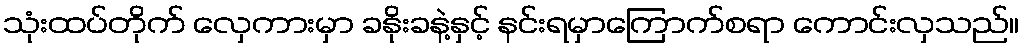
သုံးထပ်တိုက် လှေကားမှာ ခနိုးခနဲ့နှင့် နင်းရမှာကြောက်စရာ ကောင်းလှသည်။